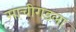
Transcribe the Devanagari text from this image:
माचीगडला